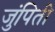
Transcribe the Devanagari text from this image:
जुंपिती